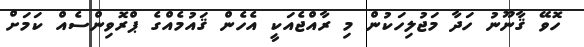
ހޮވޭ ޤާނޫނު ހަދާ މަޖުލިހަކުން މި ރާއްޖެއަކީ އެހެން ޤައުމެއްގެ ޕްރޮވިންސެއް ކަމަށް